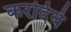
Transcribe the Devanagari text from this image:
करदिये